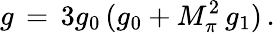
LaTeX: g\, =\, 3g_{0}\, (g_{0}+M_{\pi}^{2}\, g_{1})\, .